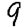
Digit: 9